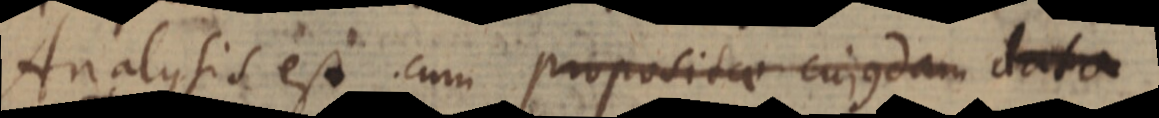
Analysis est cum propositae cujusdam data